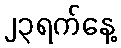
၂၃ရက်နေ့